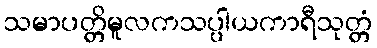
သမာပတ္တိမူလကသပ္ပါယကာရီသုတ္တံ